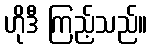
ဟိုဒီ ကြည့်သည်။